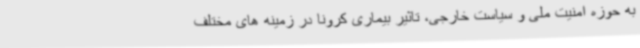
به حوزه امنیت ملی و سیاست خارجی، تاثیر بیماری کرونا در زمینه های مختلف